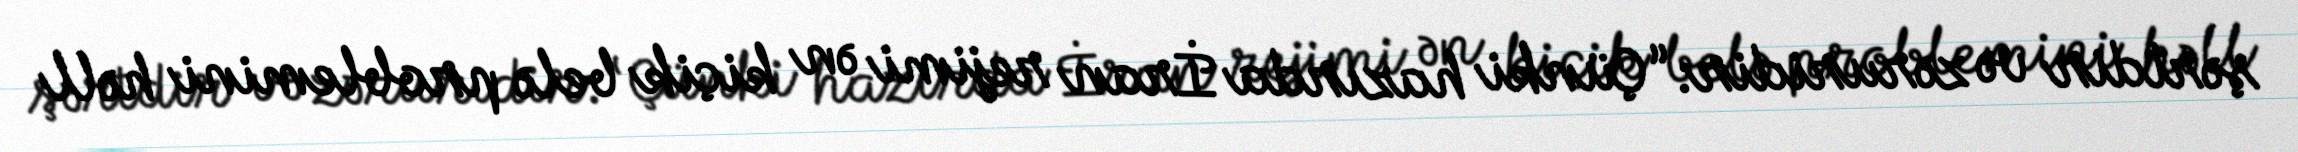
şərtdir və zəruridir: “Çünki hazırda İran rejimi ən kiçik belə problemini həll